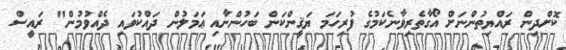
ކޮށްދިން ރައްޔިތުންނަށް އޯގާތެރިވާނެކަމުގެ ފުރިހަމަ ޔަޤީންކަން ބަހުންނާއި ޢަމަލުން ދައްކުވައި ދެއްވުމުން" ރައީސް